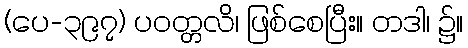
(ပေ-၃၉၇) ပဝတ္တလိ၊ ဖြစ်စေပြီး။ တဒါ၊ ၌။